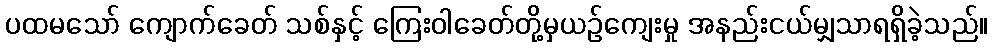
ပထမသော် ကျောက်ခေတ် သစ်နှင့် ကြေးဝါခေတ်တို့မှယဉ်ကျေးမှု အနည်းငယ်မျှသာရရှိခဲ့သည်။